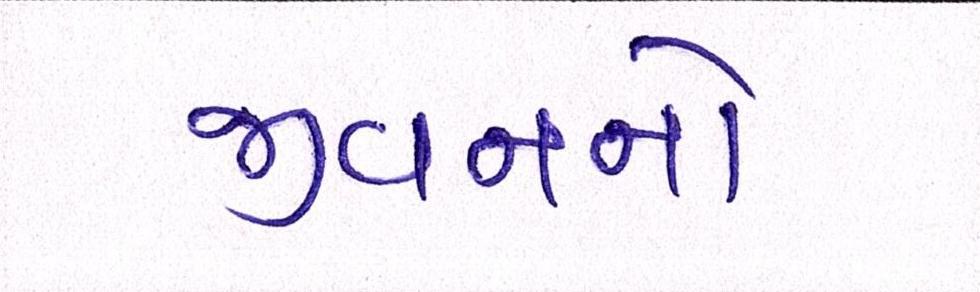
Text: જીવનનો